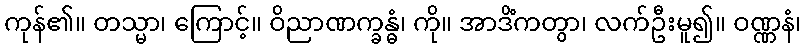
ကုန်၏။ တသ္မာ၊ ကြောင့်။ ဝိညာဏက္ခန္ဓံ၊ ကို။ အာဒိံကတွာ၊ လက်ဦးမူ၍။ ဝဏ္ဏနံ၊